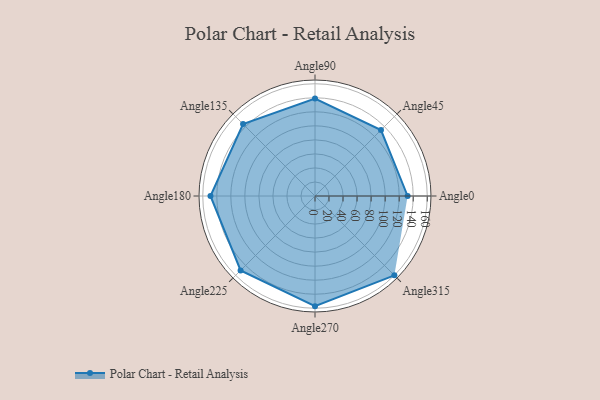
{"axis": {"x": "Angle", "y": "Radius"}, "legend": [""], "data": [{"x": "Angle0", "y": 132.0, "type": ""}, {"x": "Angle45", "y": 133.0, "type": ""}, {"x": "Angle90", "y": 139.0, "type": ""}, {"x": "Angle135", "y": 145.0, "type": ""}, {"x": "Angle180", "y": 149.0, "type": ""}, {"x": "Angle225", "y": 150.0, "type": ""}, {"x": "Angle270", "y": 157.0, "type": ""}, {"x": "Angle315", "y": 160.0, "type": ""}]}